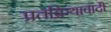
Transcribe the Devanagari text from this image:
प्रतक्रियावादी